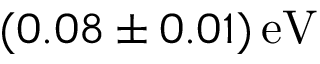
( 0 . 0 8 \pm 0 . 0 1 ) \, \mathrm { e V }